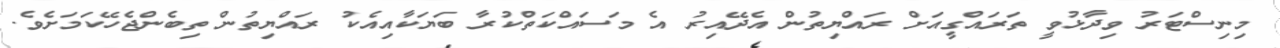
މިނިސްޓަރު ވިދާޅުވީ ތަރައްގީއަށް ރައްޔިތުން އެދޭއިރު އެ މަސައްކަތްކުރާ ބަޔަކާއިއެކު ރައްޔިތުން ތިބެންޖެހޭކަމަށެވެ.